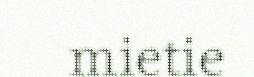
mietie